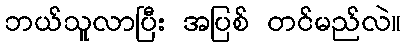
ဘယ်သူလာပြီး အပြစ် တင်မည်လဲ။